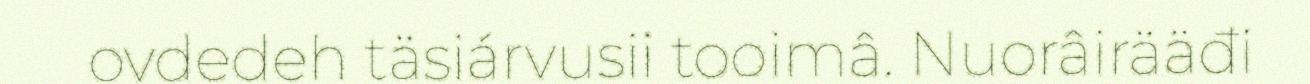
ovdedeh täsiárvusii tooimâ. Nuorâirääđi